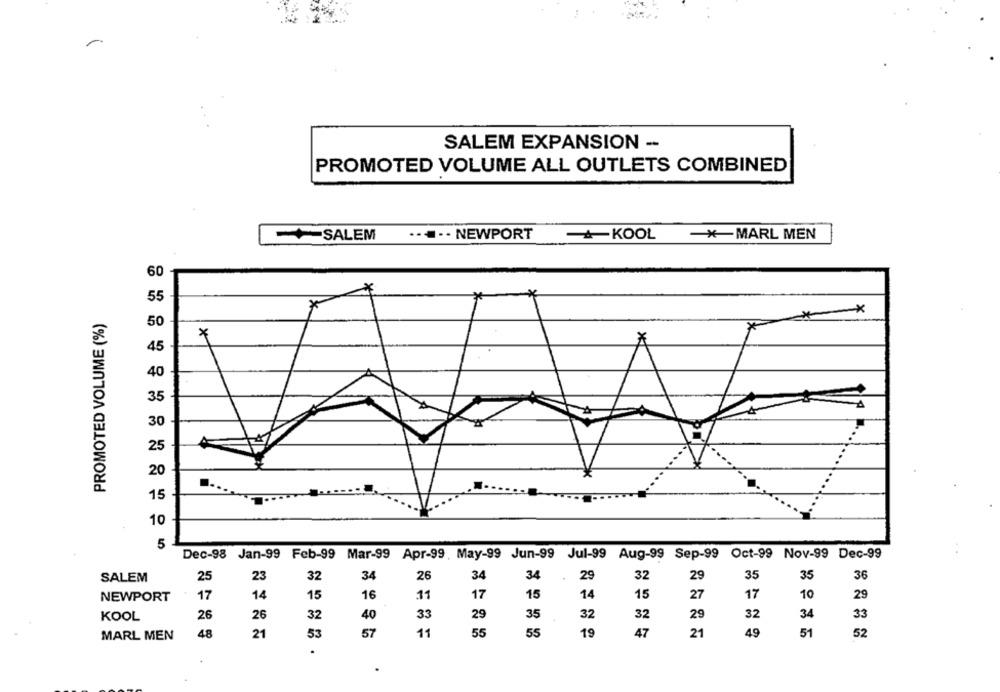
SALEM EXPANSION --
PROMOTED VOLUME ALL OUTLETS COMBINED
-SALEM
..... NEWPORT
KOOL
*MARL MEN
60
55
*
PROMOTED VOLUME (%)
50
X
45
40
35
30
25
20
15
10
Dec-98 Jan-99 Feb-99 Mar-99 Apr-99, May-99 Jun-99 Jul-99 Aug-99 Sep-99 Oct-99 Nov-99 Dec-99
34
29
35
35
SALEM
25
23
32
34
26
34
29
32
36
.11
17
15
14
15
27
17
29
NEWPORT
17
14
15
16
10
26
26
32
40
33
29
35
32
32
29
32
34
33
KOOL
MARL MEN
48
21
53
57
11
55
55
19
47
21
49
51
52
.
..